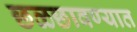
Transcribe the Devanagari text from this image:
छळछावण्यात